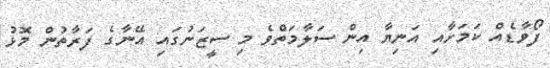
ފޯވާޑެއް ކަމަށާއި އަނިޔާ އިން ސަލާމަތްވެ މި ސީޒަނުގައި އޭނާގެ ފަރާތުން މޮޅު